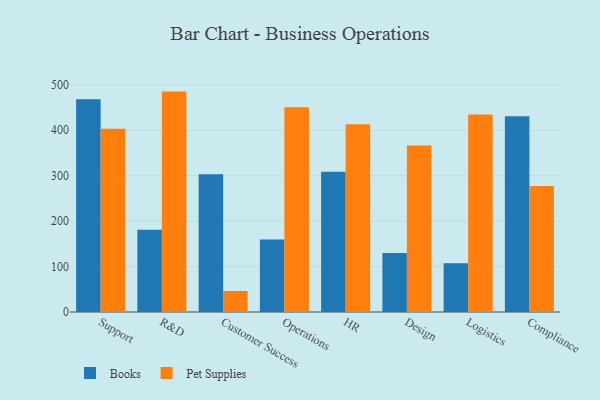
{"axis": {"x": "Department", "y": "Shipments"}, "legend": ["Books", "Pet Supplies"], "data": [{"x": "Support", "y": 468.2, "type": "Books"}, {"x": "Support", "y": 403.3, "type": "Pet Supplies"}, {"x": "R&D", "y": 180.8, "type": "Books"}, {"x": "R&D", "y": 485.1, "type": "Pet Supplies"}, {"x": "Customer Success", "y": 303.1, "type": "Books"}, {"x": "Customer Success", "y": 46.2, "type": "Pet Supplies"}, {"x": "Operations", "y": 159.5, "type": "Books"}, {"x": "Operations", "y": 450.6, "type": "Pet Supplies"}, {"x": "HR", "y": 308.7, "type": "Books"}, {"x": "HR", "y": 413.1, "type": "Pet Supplies"}, {"x": "Design", "y": 129.9, "type": "Books"}, {"x": "Design", "y": 366.5, "type": "Pet Supplies"}, {"x": "Logistics", "y": 107.4, "type": "Books"}, {"x": "Logistics", "y": 434.7, "type": "Pet Supplies"}, {"x": "Compliance", "y": 431.1, "type": "Books"}, {"x": "Compliance", "y": 277.2, "type": "Pet Supplies"}]}